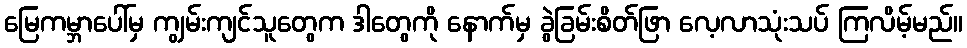
မြေကမ္ဘာပေါ်မှ ကျွမ်းကျင်သူတွေက ဒါတွေကို နောက်မှ ခွဲခြမ်းစိတ်ဖြာ လေ့လာသုံးသပ် ကြလိမ့်မည်။